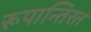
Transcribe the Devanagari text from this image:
रूपान्तिरत